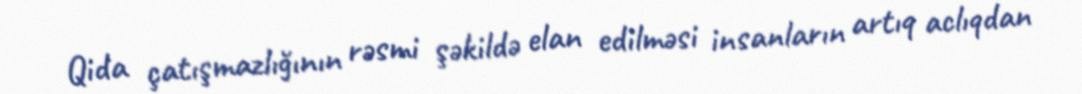
Qida çatışmazlığının rəsmi şəkildə elan edilməsi insanların artıq aclıqdan